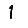
Digit: 1